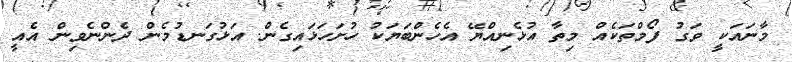
މާނައަކީ ވަގު ފޯމްތަކެއް މިތާ އުޅެނިއްޔޭ އެހެންބަޔަކު ހުށަހަޅައިގެން. އަޅުގަނޑުމެން ދެންނެވިން އެއީ